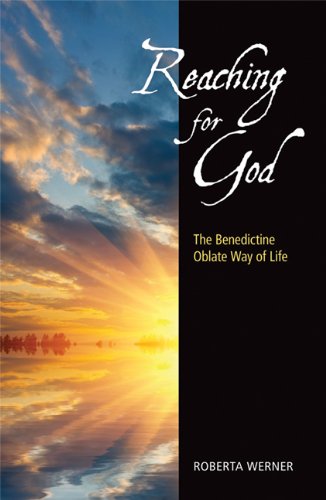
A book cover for Reaching for God: The Benedictine Oblate Way of Life; Roberta Werner OSB; Christian Books & Bibles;